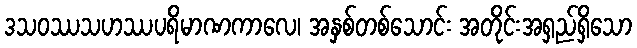
ဒသဝဿသဟဿပရိမာဏကာလေ၊ အနှစ်တစ်သောင်း အတိုင်းအရှည်ရှိသော